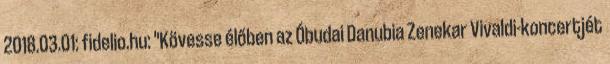
2018.03.01: fidelio.hu: "Kövesse élőben az Óbudai Danubia Zenekar Vivaldi-koncertjét